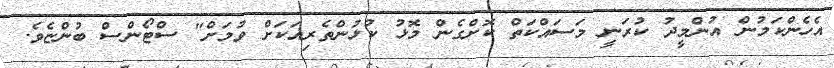
އެހެންކަމުން އުންމީދު ކުރަނީ މަސައްކަތް ކޮށްގެން މޮޅު ކުޅުންތެރިއަކަށް ވުމަށް" ސްޓޯންސް ބުންޏެވެ.